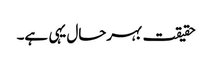
حقیقت بہرحال یہی ہے۔